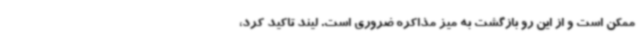
ممکن است و از این رو بازگشت به میز مذاکره ضروری است. لیند تاکید کرد،